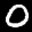
Label: 0